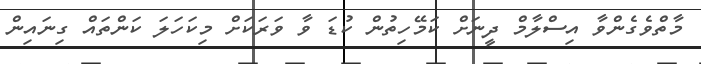
މާތްވެގެންވާ އިސްލާމް ދީނަށް ކަމޭހިތުން ކުޑަ ވާ ވަރަކަށް މިކަހަލަ ކަންތައް ގިނައިން